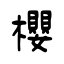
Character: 櫻